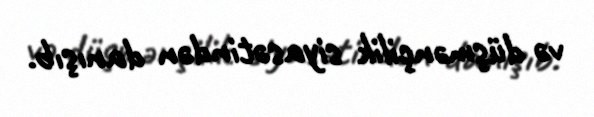
və düşmənçilik siyasətindən danışıb.